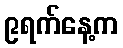
၉ရက်နေ့က